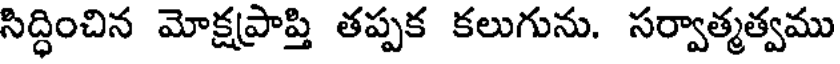
సిద్ధించిన మోక్షప్రాప్తి తప్పక కలుగును. సర్వాత్మత్వము